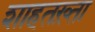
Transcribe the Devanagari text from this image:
शाहतख़्ता